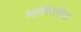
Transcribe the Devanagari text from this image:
भागीरतीचा